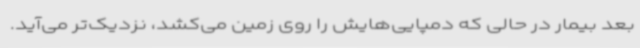
بعد بیمار در حالی که دمپایی‌هایش را روی زمین می‌کشد، نزدیک‌تر می‌آید.